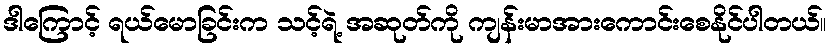
ဒါကြောင့် ရယ်မောခြင်းက သင့်ရဲ့ အဆုတ်ကို ကျန်းမာအားကောင်းစေနိုင်ပါတယ်။